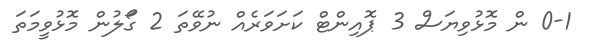
0-1 ން މޮޅުވިޔަސް 3 ޕޮއިންޓް ކަށަވަރެއް ނުވޭތަ 2 ގަޯލުން މޮޅުވީމަތަ